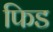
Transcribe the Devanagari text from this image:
फिड